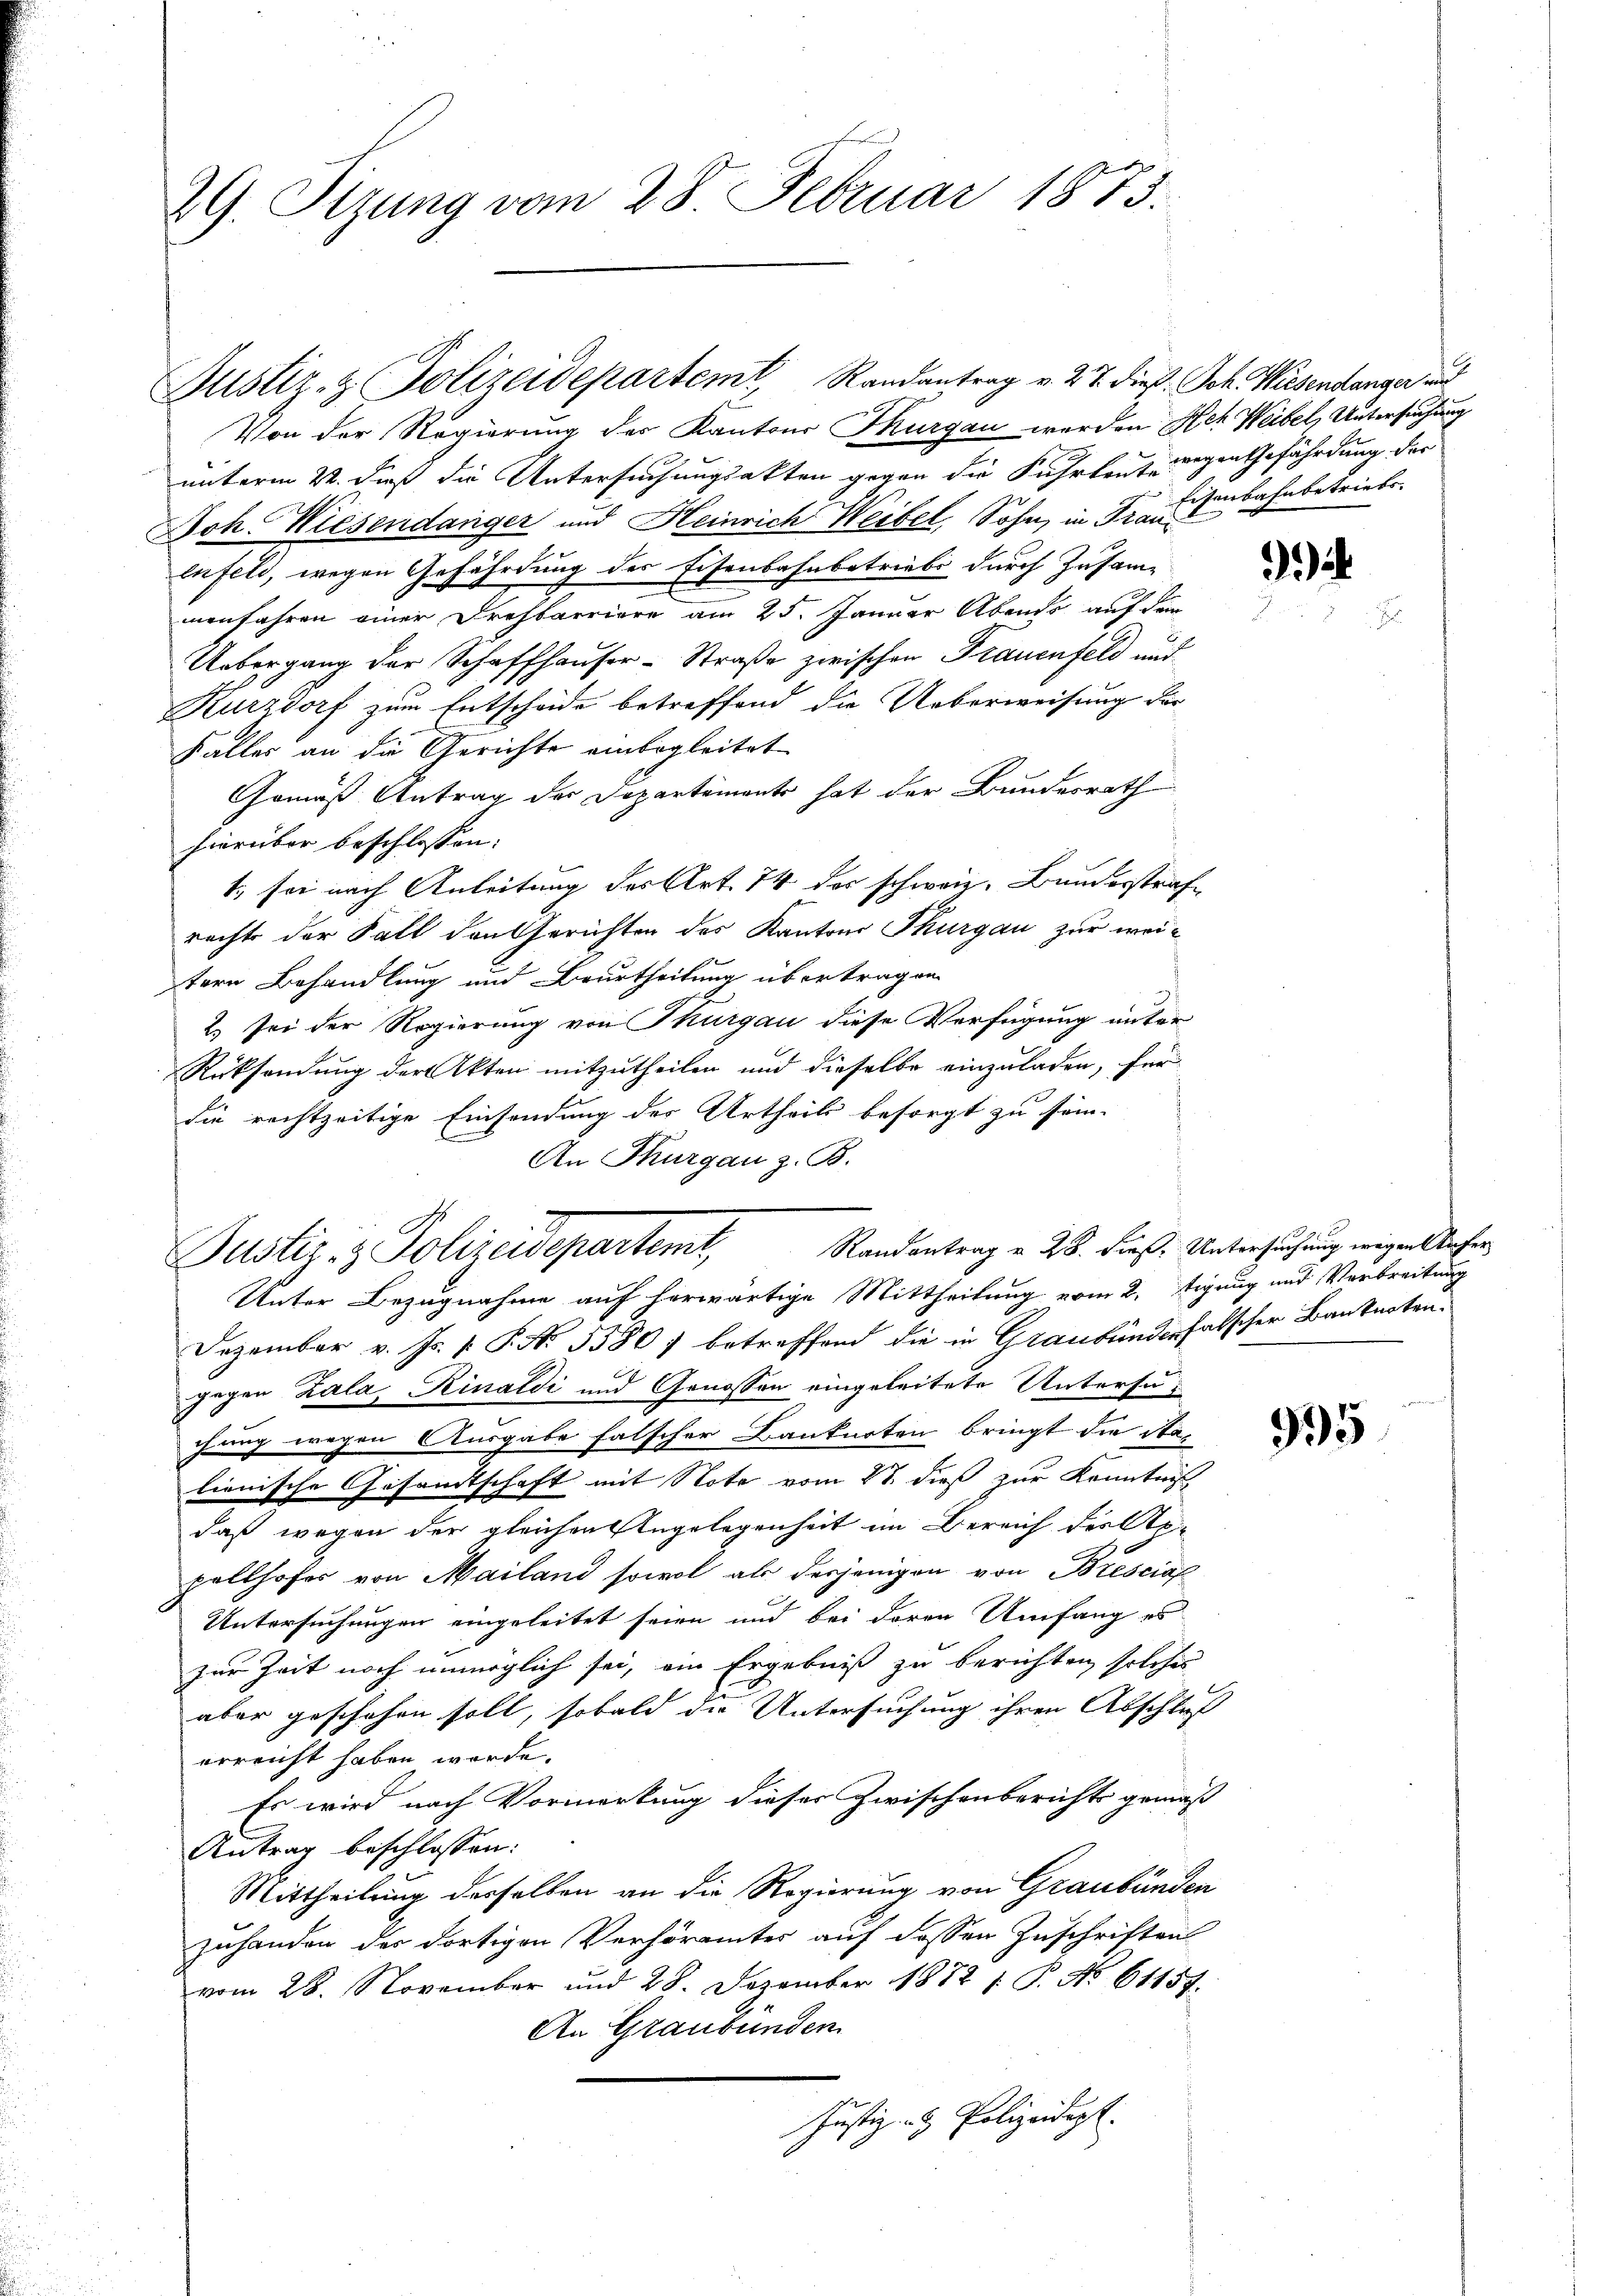
29. Sizung vom 28. Februar 1875.

Justiz- & Polizeidepartemt, Randantrag v. 27. dies Joh. Wiesendunger und

Von der Regierung der Kantons Thurgau werden Hch. Weibel, Untersuchung
unterm 22. daß die Untersuchungsakten gegen die Fuhrleut wegen Gefährdung der
Joh. Wiesendanger und Heinrich Weibel, Sohn, in Tran
enfeld, wegen Gefährdung des Eisenbahnbetriebe durch Zusam-
menfahren einer Drehbarriere am 25. Januar Abends auf dem
Uebergang der Schaffhauser-Straße zwischen Frauenfeld und
Kurzdorf zum Entscheide betreffend die Ueberweisung der
Kalles an die Gerichte einbegleitet
Gemäß Antrag der Departements hat der Bundesrath
hierüber beschlossen:
1., sei nach Anleitung des Art. 74 des schweiz. Bundesstraf-
recht der Fall den Gerichten des Kantons Thurgau zur weitern Behandlung und Beurtheilung übertragen
2) sei der Regierung von Thurgau diese Verfügung unter
Rücksendung der Akten mitzutheilen und dieselbe einzuladen, für
die rechtzeitige Einsendung des Urtheils besorgt zu sein.
An Thurgau z. B.
Unter Bezugnahme auf herwärtige Mittheilung vom 2. Tigung und Verbreitung
Dezember v. Js. v. P. Nr. 5580) betreffend die in Graubündenfalscher Banknoten.
gegen Zala, Rinaldi und Genossen eingeleitete Untersuchung wegen Ausgabe falscher Hankarten bringt die Stalienische Gesandtschaft mit Note vom 28. dieß zur Kenntnis
daß wegen der gleichen Angelegenheit im Bereich des As
pellhofer von Mailand sowol als derjenigen von Brescia
Untersuchungen eingeleitet seien und bei deren Umfang es
zur Zeit noch unmöglich sei, ein Ergebniß zu berichten solches
aber geschehen soll, sobald die Untersuchung ihren Abschluß
erreicht haben werde.
Es wird nach Vormerkung dieser Zwischenberichts gemäß
Antrag beschlossen:
Mittheilung desselben an die Regierung von Graubünden
zuhanden des dortigen Verhöramtes auf dessen Zuschriften
vom 28. November und 28. Dezember 1872 f. P. No 61157.
An Graubünden
Justiz- & Polizeidigt.

Justiz- & Polizeidepartemt,

Randantrag v. 28. dieß. Untersuchung wegen Aufer¬

Eisenbahnbetriebs

.

995

e